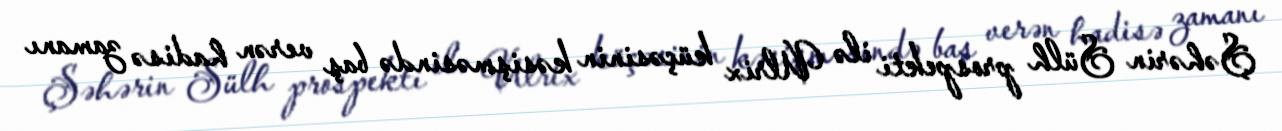
Şəhərin Sülh prospekti ilə Ulrix küçəsinin kəsişməsində baş verən hadisə zamanı